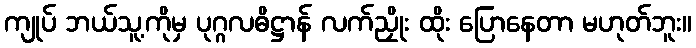
ကျုပ် ဘယ်သူ့ကိုမှ ပုဂ္ဂလဓိဋ္ဌာန် လက်ညှိုး ထိုး ပြောနေတာ မဟုတ်ဘူး။